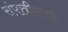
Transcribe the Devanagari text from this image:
संपत्तीरूपी